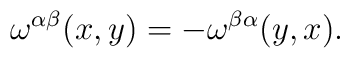
\omega^{\alpha\beta}(x,y) = -\omega^{\beta\alpha}(y,x).